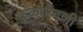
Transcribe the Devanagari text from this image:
कुळाऐवजी